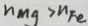
n _ { m g } > n F e